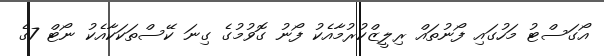
އޯގަސްޓު މަހުގައި ފޯނުތައް ރިލީޒްކުރުމާއެކު ފޯނު ގޮވުމުގެ ގިނަ ކޭސްތަކަކާއެކު ނޯޓް 7ގެ